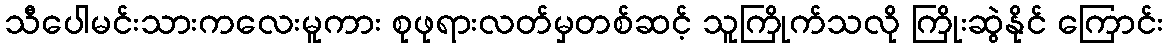
သီပေါမင်းသားကလေးမူကား စုဖုရားလတ်မှတစ်ဆင့် သူကြိုက်သလို ကြိုးဆွဲနိုင် ကြောင်း